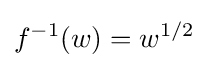
f^{-1}(w)=w^{1/2}